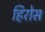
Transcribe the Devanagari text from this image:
हिरोस